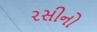
રસીનો